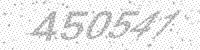
Solution: 450541